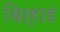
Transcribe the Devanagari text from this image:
बिऱ्हाडं